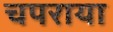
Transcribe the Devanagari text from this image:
चपराया